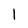
Character: l